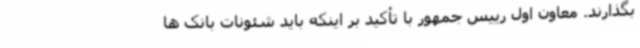
بگذارند. معاون اول رییس جمهور با تأکید بر اینکه باید شئونات بانک ها